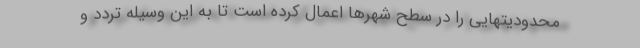
محدودیتهایی را در سطح شهرها اعمال کرده است تا به این وسیله تردد و